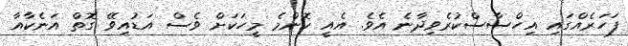
ފަހަރެއްގައި އިހްސާސްކުރެވިދާނެ އެވެ. އެއީ ކޮންމެ މީހަކަށް ވެސް އަޑުއިވޭ ގޮތް އަނެކާއާ